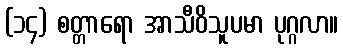
(၁၄) စတ္တာရော အာသီဝိသူပမာ ပုဂ္ဂလာ။